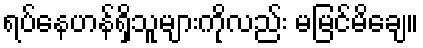
ရပ်နေဟန်ရှိသူများကိုလည်း မမြင်မိချေ။